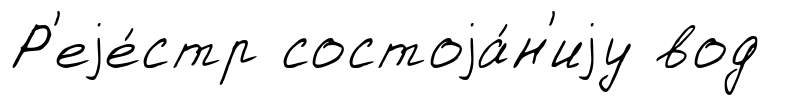
Р'еjе́стр состоjа́н'иjу вод